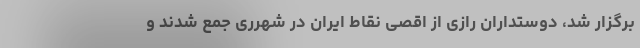
برگزار شد، دوستداران رازی از اقصی نقاط ایران در شهرری جمع شدند و